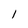
Character: l